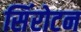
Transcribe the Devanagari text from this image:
सिंरोटन